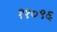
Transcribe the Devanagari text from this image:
११०९६